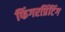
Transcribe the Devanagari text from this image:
फिंगरप्रिंटिंग